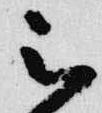
被